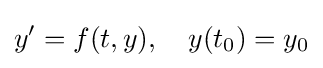
y'=f(t,y),\quad y(t_{0})=y_{0}